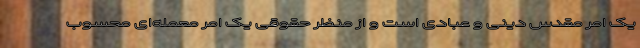
یک امر مقدس دینی و عبادی است و از منظر حقوقی یک امر معمله‌ای محسوب